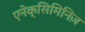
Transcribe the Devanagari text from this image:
एनेक्सिमिनिज़